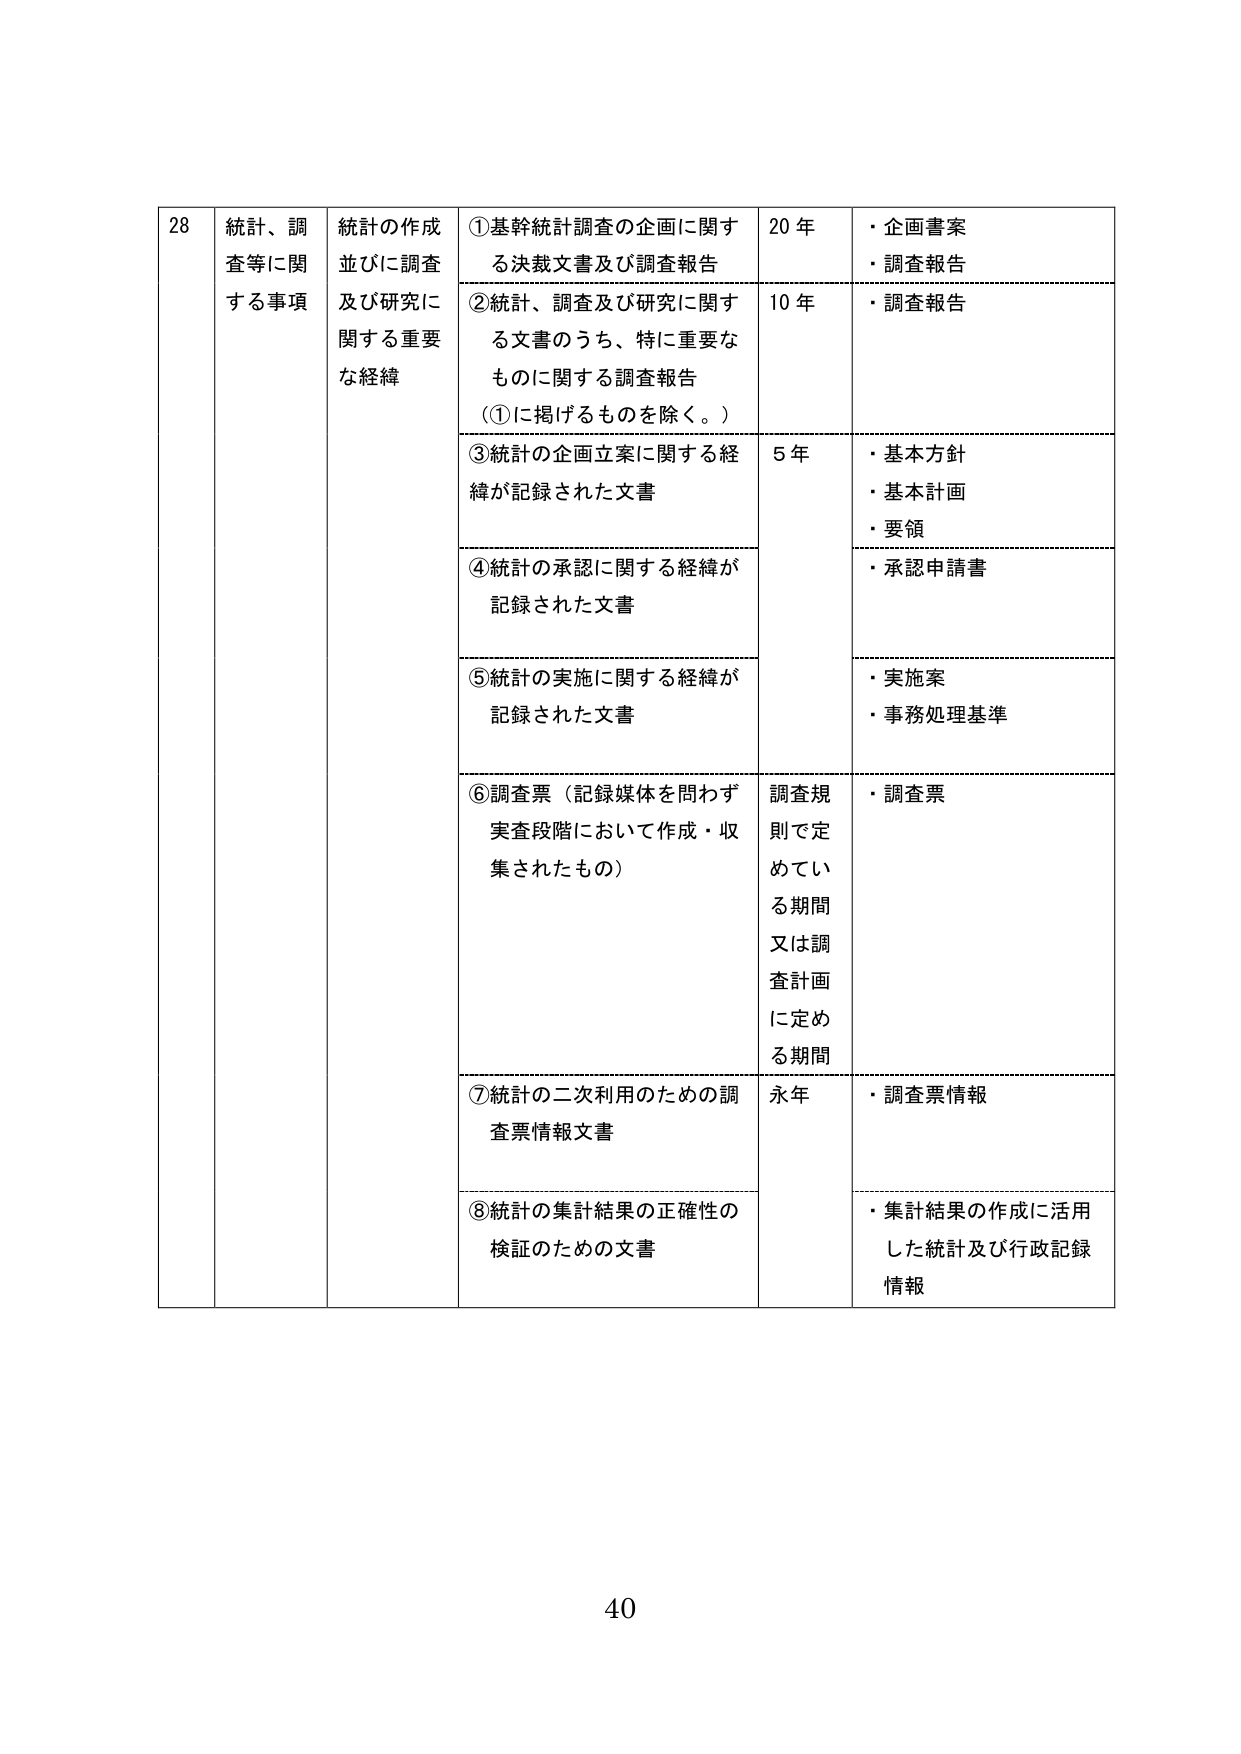
28 統計、調査等に関する事項 統計の作成並びに調査及び研究に関する重要な経緯 ①基幹統計調査の企画に関する決裁文書及び調査報告 20年 ・企画書案 ・調査報告 ②統計、調査及び研究に関する文書のうち、特に重要なものに関する調査報告（①に掲げるものを除く。） 10年 ・調査報告 ③統計の企画立案に関する経緯が記録された文書 5年 ・基本方針 ・基本計画 ・要領 ④統計の承認に関する経緯が記録された文書 ・承認申請書 ⑤統計の実施に関する経緯が記録された文書 ・実施案 ・事務処理基準 ⑥調査票（記録媒体を問わず実査段階において作成・収集されたもの） 調査規則で定めている期間又は調査計画に定める期間 ・調査票 ⑦統計の二次利用のための調査票情報文書 永年 ・調査票情報 ⑧統計の集計結果の正確性の検証のための文書 ・集計結果の作成に活用した統計及び行政記録情報 40